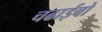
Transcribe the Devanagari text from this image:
चढाईबो